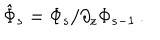
\hat { \Phi } _ { s } = \Phi _ { s } / \partial _ { z } \Phi _ { s - 1 } \, .